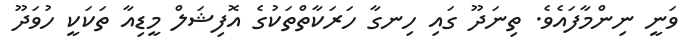
ވަނީ ނިންމާފައެވެ. ތިނަދޫ ގައި ހިނގާ ހަރަކާތްތަކުގެ އޮފިޝަލް މީޑިއާ ތަކަކީ ހުވަދޫ